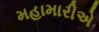
મહામારીએ